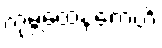
ကုမ္ဘထေနကေဟိ